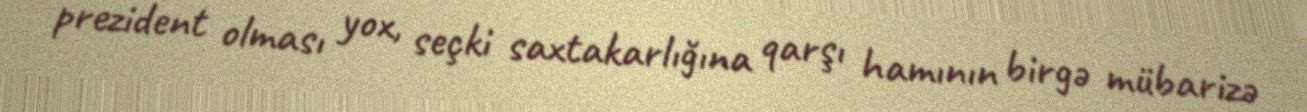
prezident olması yox, seçki saxtakarlığına qarşı hamının birgə mübarizə